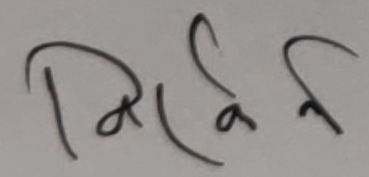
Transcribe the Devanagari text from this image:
पलर्ह